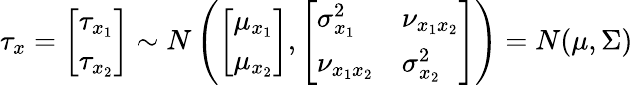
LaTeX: \tau_{x}=\left[\begin{array}{l}{\tau_{x_{1}}}\\ {\tau_{x_{2}}}\end{array}\right]\sim N\left(\left[\begin{array}{l}{\mu_{x_{1}}}\\ {\mu_{x_{2}}}\end{array}\right],\left[\begin{array}{ll}{\sigma_{x_{1}}^{2}}&{\nu_{x_{1}x_{2}}}\\ {\nu_{x_{1}x_{2}}}&{\sigma_{x_{2}}^{2}}\end{array}\right]\right)=N(\mu,\Sigma)